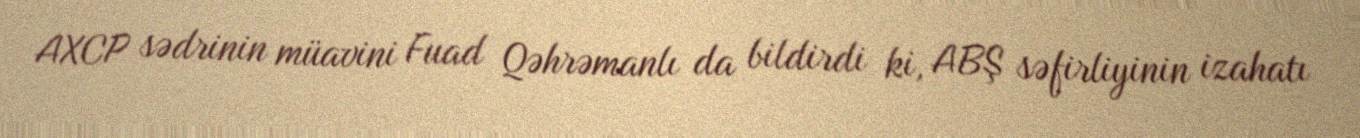
AXCP sədrinin müavini Fuad Qəhrəmanlı da bildirdi ki, ABŞ səfirliyinin izahatı